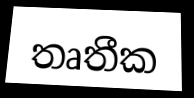
තෘතීක